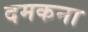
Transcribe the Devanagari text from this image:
दमकना